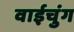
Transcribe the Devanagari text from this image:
वाईचुंग